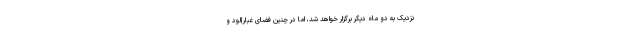
نزدیک به دو ماه دیگر برگزار خواهد شد، اما در چنین فضای غبارآلود و